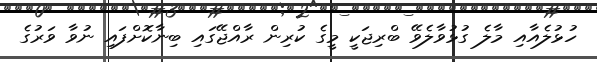
ހުޅުލެއާއި މާލެ ގުޅުވާލެވޭ ބްރިޖަކީ މީގެ ކުރިން ރާއްޖޭގައި ބިނާކޮށްފައި ނުވާ ވަރުގެ